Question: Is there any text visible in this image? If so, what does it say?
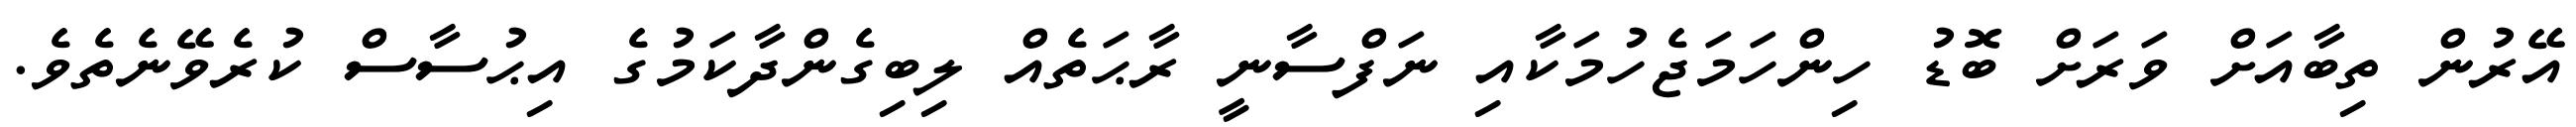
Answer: އޭރުން ތިބާއަށް ވަރަށް ބޮޑު ހިންހަމަޖެހުމަކާއި ނަފްސާނީ ރާޙަތެއް ލިބިގެންދާކަމުގެ އިޙުސާސް ކުރެވޭނެތެވެ.